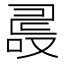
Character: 𠭵